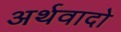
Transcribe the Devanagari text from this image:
अर्थवादो